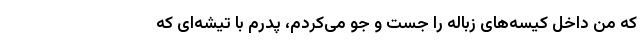
که من داخل کیسه‌های زباله را جست و جو می‌کردم، پدرم با تیشه‌ای که